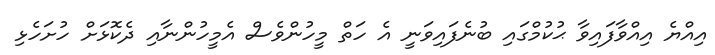
އިއްޔެ އިއްވާފައިވާ ޙުކުމްގައި ބުނެފައިވަނީ އެ ހަތް މީހުންވެސް އެމީހުންނާއި ދެކޮޅަށް ހުށަހެޅި